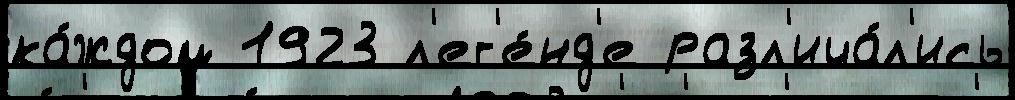
ка́ждом 1923 л'ег'е́нд'е разл'ича́л'ись